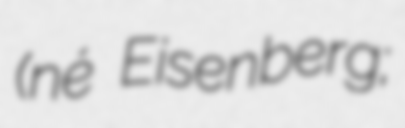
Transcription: (né Eisenberg;